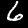
Digit: 6